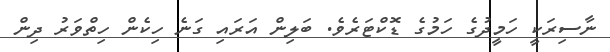
ނާސިރަކީ ހަމީދުގެ ހަމުގެ ޑޮކްޓަރެވެ. ބަލިން އަރައި ގަނެ ހިކެން ހިތްވަރު ދިން